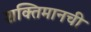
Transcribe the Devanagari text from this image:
शक्तिमानची